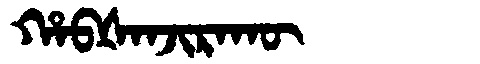
Manchu: ᡥᠠᠪᡧᠠᠨᠵᡳᡵᠠᡴᡡ
Romanization: HABŠANJIRAKŪ